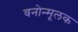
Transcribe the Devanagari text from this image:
वनोन्मूलक